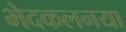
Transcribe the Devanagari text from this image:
भेदकलनया